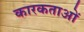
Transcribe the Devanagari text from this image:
कारकताओं